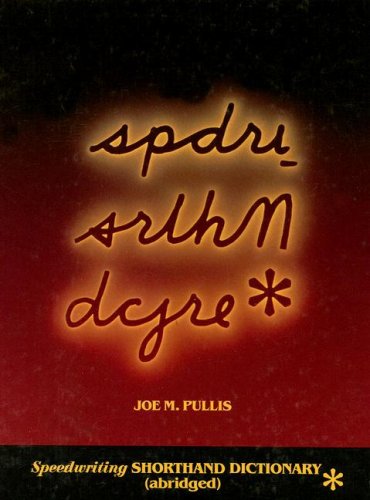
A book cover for Speedwriting Shorthand Dictionary; Joe M. Pullis; Business & Money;